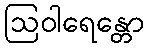
ဩဝါရေန္တော